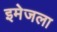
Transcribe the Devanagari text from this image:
इमेजला